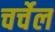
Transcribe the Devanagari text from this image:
चर्चेल